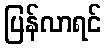
ပြန်လာရင်